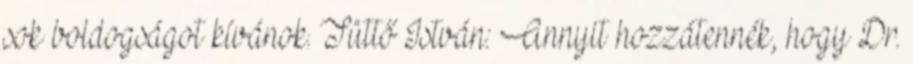
sok boldogságot kívánok. Tüttő István: Annyit hozzátennék, hogy Dr.